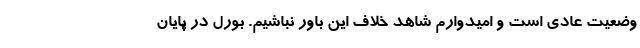
وضعیت عادی است و امیدوارم شاهد خلاف این باور نباشیم. بورل در پایان